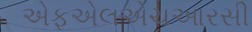
એફએલએચઆરસી